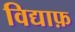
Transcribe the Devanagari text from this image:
विद्याफ़